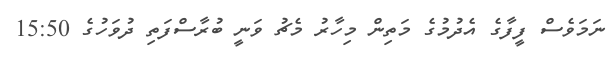
ނަމަވެސް ފީފާގެ އެދުމުގެ މަތިން މިހާރު މެޗު ވަނީ ބުރާސްފަތި ދުވަހުގެ 15:50